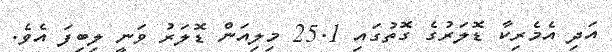
އަދި އެމެރިކާ ޑޮލަރުގެ ގޮތުގައި 25.1 މިލިއަން ޑޮލަރު ވަނީ ލިބިފަ އެވެ.